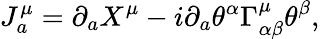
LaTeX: J_{a}^{\mu}=\partial_{a}X^{\mu}-i\partial_{a}\theta^{\alpha}\Gamma_{\alpha\beta}^{\mu}\theta^{\beta},